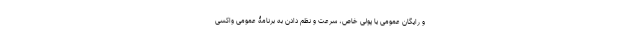
و رایگان عمومی یا پولی خاص، سرعت و نظم دادن به برنامۀ عمومی واکسی